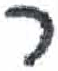
אות: ר